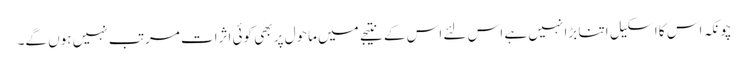
چونکہ اس کا اسکیل اتنا بڑا نہیں ہے اس لئے اس کے نتیجے میں ماحول پر بھی کوئی اثرات مرتب نہیں ہوں گے۔